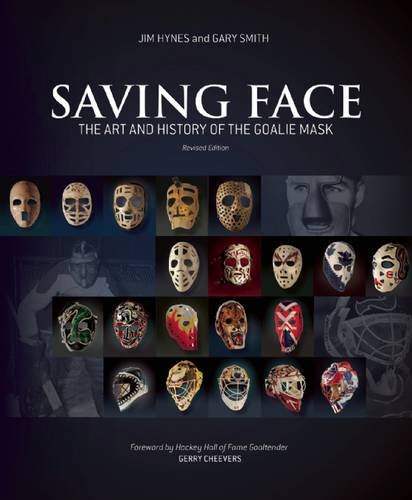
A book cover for Saving Face: The Art and History of the Goalie Mask; Jim Hynes; Sports & Outdoors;